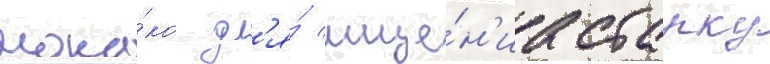
мона́ко дл'я́ мще́н'иа старку